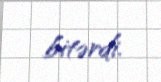
bitərdi.